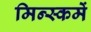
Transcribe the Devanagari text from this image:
मिन्स्कमें